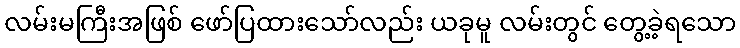
လမ်းမကြီးအဖြစ် ဖော်ပြထားသော်လည်း ယခုမူ လမ်းတွင် တွေ့ခဲ့ရသော